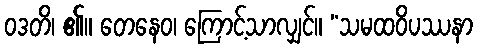
ဝဒတိ၊ ၏။ တေနေဝ၊ ကြောင့်သာလျှင်။ “သမထဝိပဿနာ